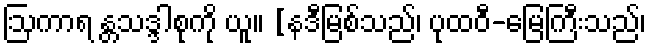
ဩကာရ န္တသဒ္ဒါစုကို ယူ။ [နဒီမြစ်သည်၊ ပုထဝီ-မြေကြီးသည်၊